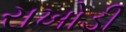
રાખોડી